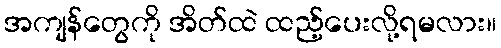
အကျန်တွေကို အိတ်ထဲ ထည့်ပေးလို့ရမလား။